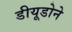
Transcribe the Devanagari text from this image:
डीयूडोने